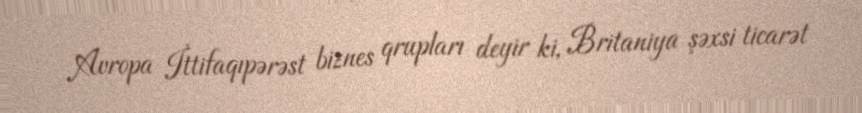
Avropa İttifaqıpərəst biznes qrupları deyir ki, Britaniya şəxsi ticarət